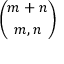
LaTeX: \binom { m + n } { m , n }